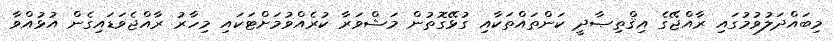
މިބައްދަލުވުމުގައި ރާއްޖޭގެ އިޤްތިޞާދީ ކަންތައްތަކާއި ގުޅޭގޮތުން މަޝްވަރާ ކުރެއްވުމަށްޓަކައި މިހާރު ރާއްޖެވަޑައިގެން އުޅުއްވާ